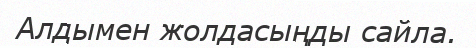
Алдымен жолдасыңды сайла.